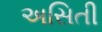
અસિતી